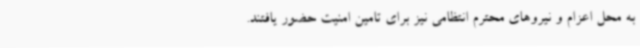
به محل اعزام و نیروهای محترم انتظامی نیز برای تامین امنیت حضور یافتند.